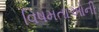
વિષમતાઓની